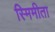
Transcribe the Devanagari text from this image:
स्मिमीता